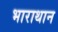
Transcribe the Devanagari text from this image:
भाराथान